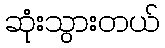
ဆုံးသွားတယ်